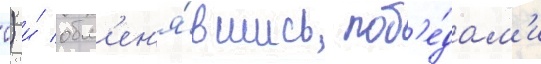
0) и́ обм'ен'я́вшись поб'е́дам'и